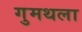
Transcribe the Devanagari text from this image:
गुमथला